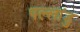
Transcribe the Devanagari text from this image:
पल्लांडु